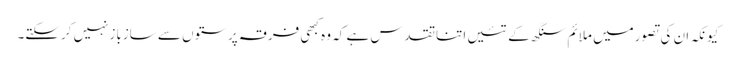
کیونکہ ان کی تصورمیں ملائم سنگھ کے تئیں اتناتقدس ہے کہ وہ کبھی فرقہ پرستوں سے سازبازنہیں کرسکتے۔